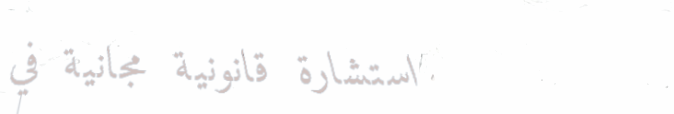
استشارة قانونية مجانية في